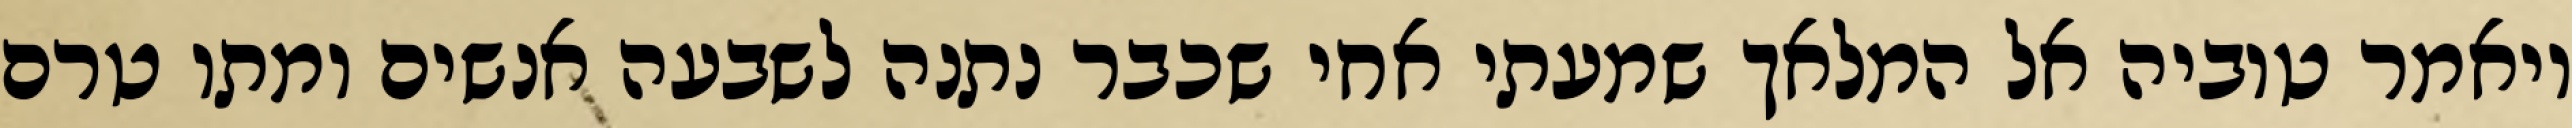
ויאמר טוביה אל המלאך שמעתי אחי שכבר נתנה לשבעה אנשים ומתו טרם